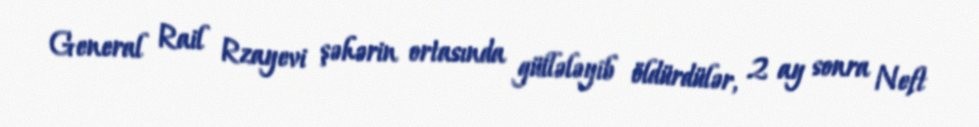
General Rail Rzayevi şəhərin ortasında güllələyib öldürdülər, 2 ay sonra Neft